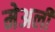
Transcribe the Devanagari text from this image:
मेअली